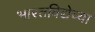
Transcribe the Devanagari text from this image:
भारतविद्येच्या